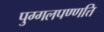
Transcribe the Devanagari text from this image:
पुग्गलपण्णत्ति